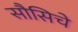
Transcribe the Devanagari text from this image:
सौसिचे